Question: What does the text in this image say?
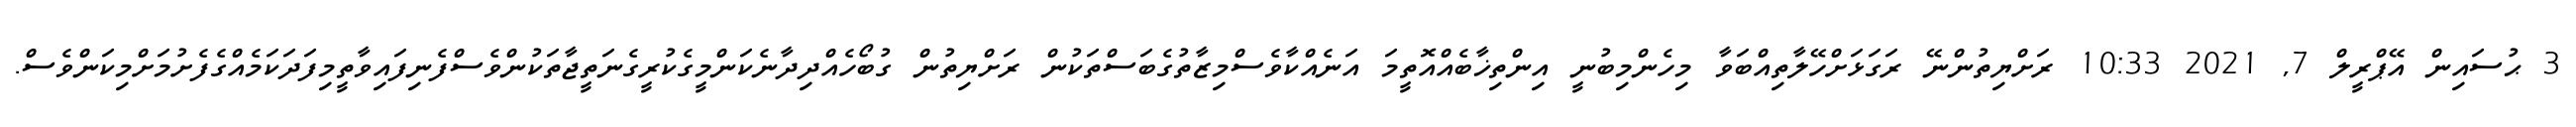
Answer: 3 ޙުސައިން އޭޕްރީލް 7, 2021 10:33 ރަށްޔިތުންނޭ ރަގަޅަށްހޭލާތިއްބަވާ މިހެންމިބުނީ އިންތިޚާބެއްއޮތީމަ އަނެއްކާވެސްމިޒާތުގެބަސްތަކުން ރަށްޔިތުން ގުބޯހެއްދިދާނެކަންމީގެކުރީގެނަތީޖާތަކުންވެސްފެނިފައިވާތީމިފަދަކަމެއްގެފެށުމަށްމިކަންވެސް.